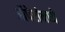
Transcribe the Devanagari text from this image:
ऑपेरांमध्ये